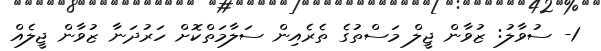
1- ސުވާލު: ޒުވާން ޖީލް މަސްތުގެ ތެރެއިން ސަލާމަތްކޮށް ހަރުދަނާ ޒުވާން ޖީލެއް